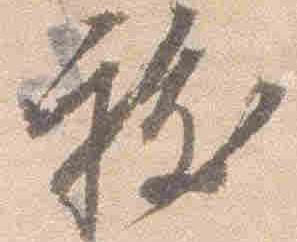
祓